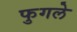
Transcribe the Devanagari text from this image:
फुगले